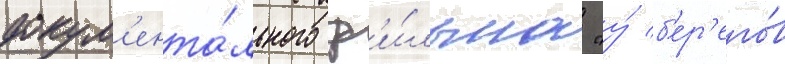
докум'ента́льного ф'и́льма "у́ б'ер'его́в